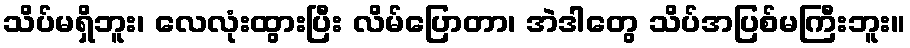
သိပ်မရှိဘူး၊ လေလုံးထွားပြီး လိမ်ပြောတာ၊ အဲဒါတွေ သိပ်အပြစ်မကြီးဘူး။